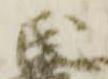
氏